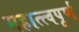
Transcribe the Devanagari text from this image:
महात्त्वपूर्ण